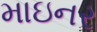
માઇનર